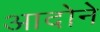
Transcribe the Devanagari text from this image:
आदोने